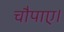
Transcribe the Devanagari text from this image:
चौपाए।